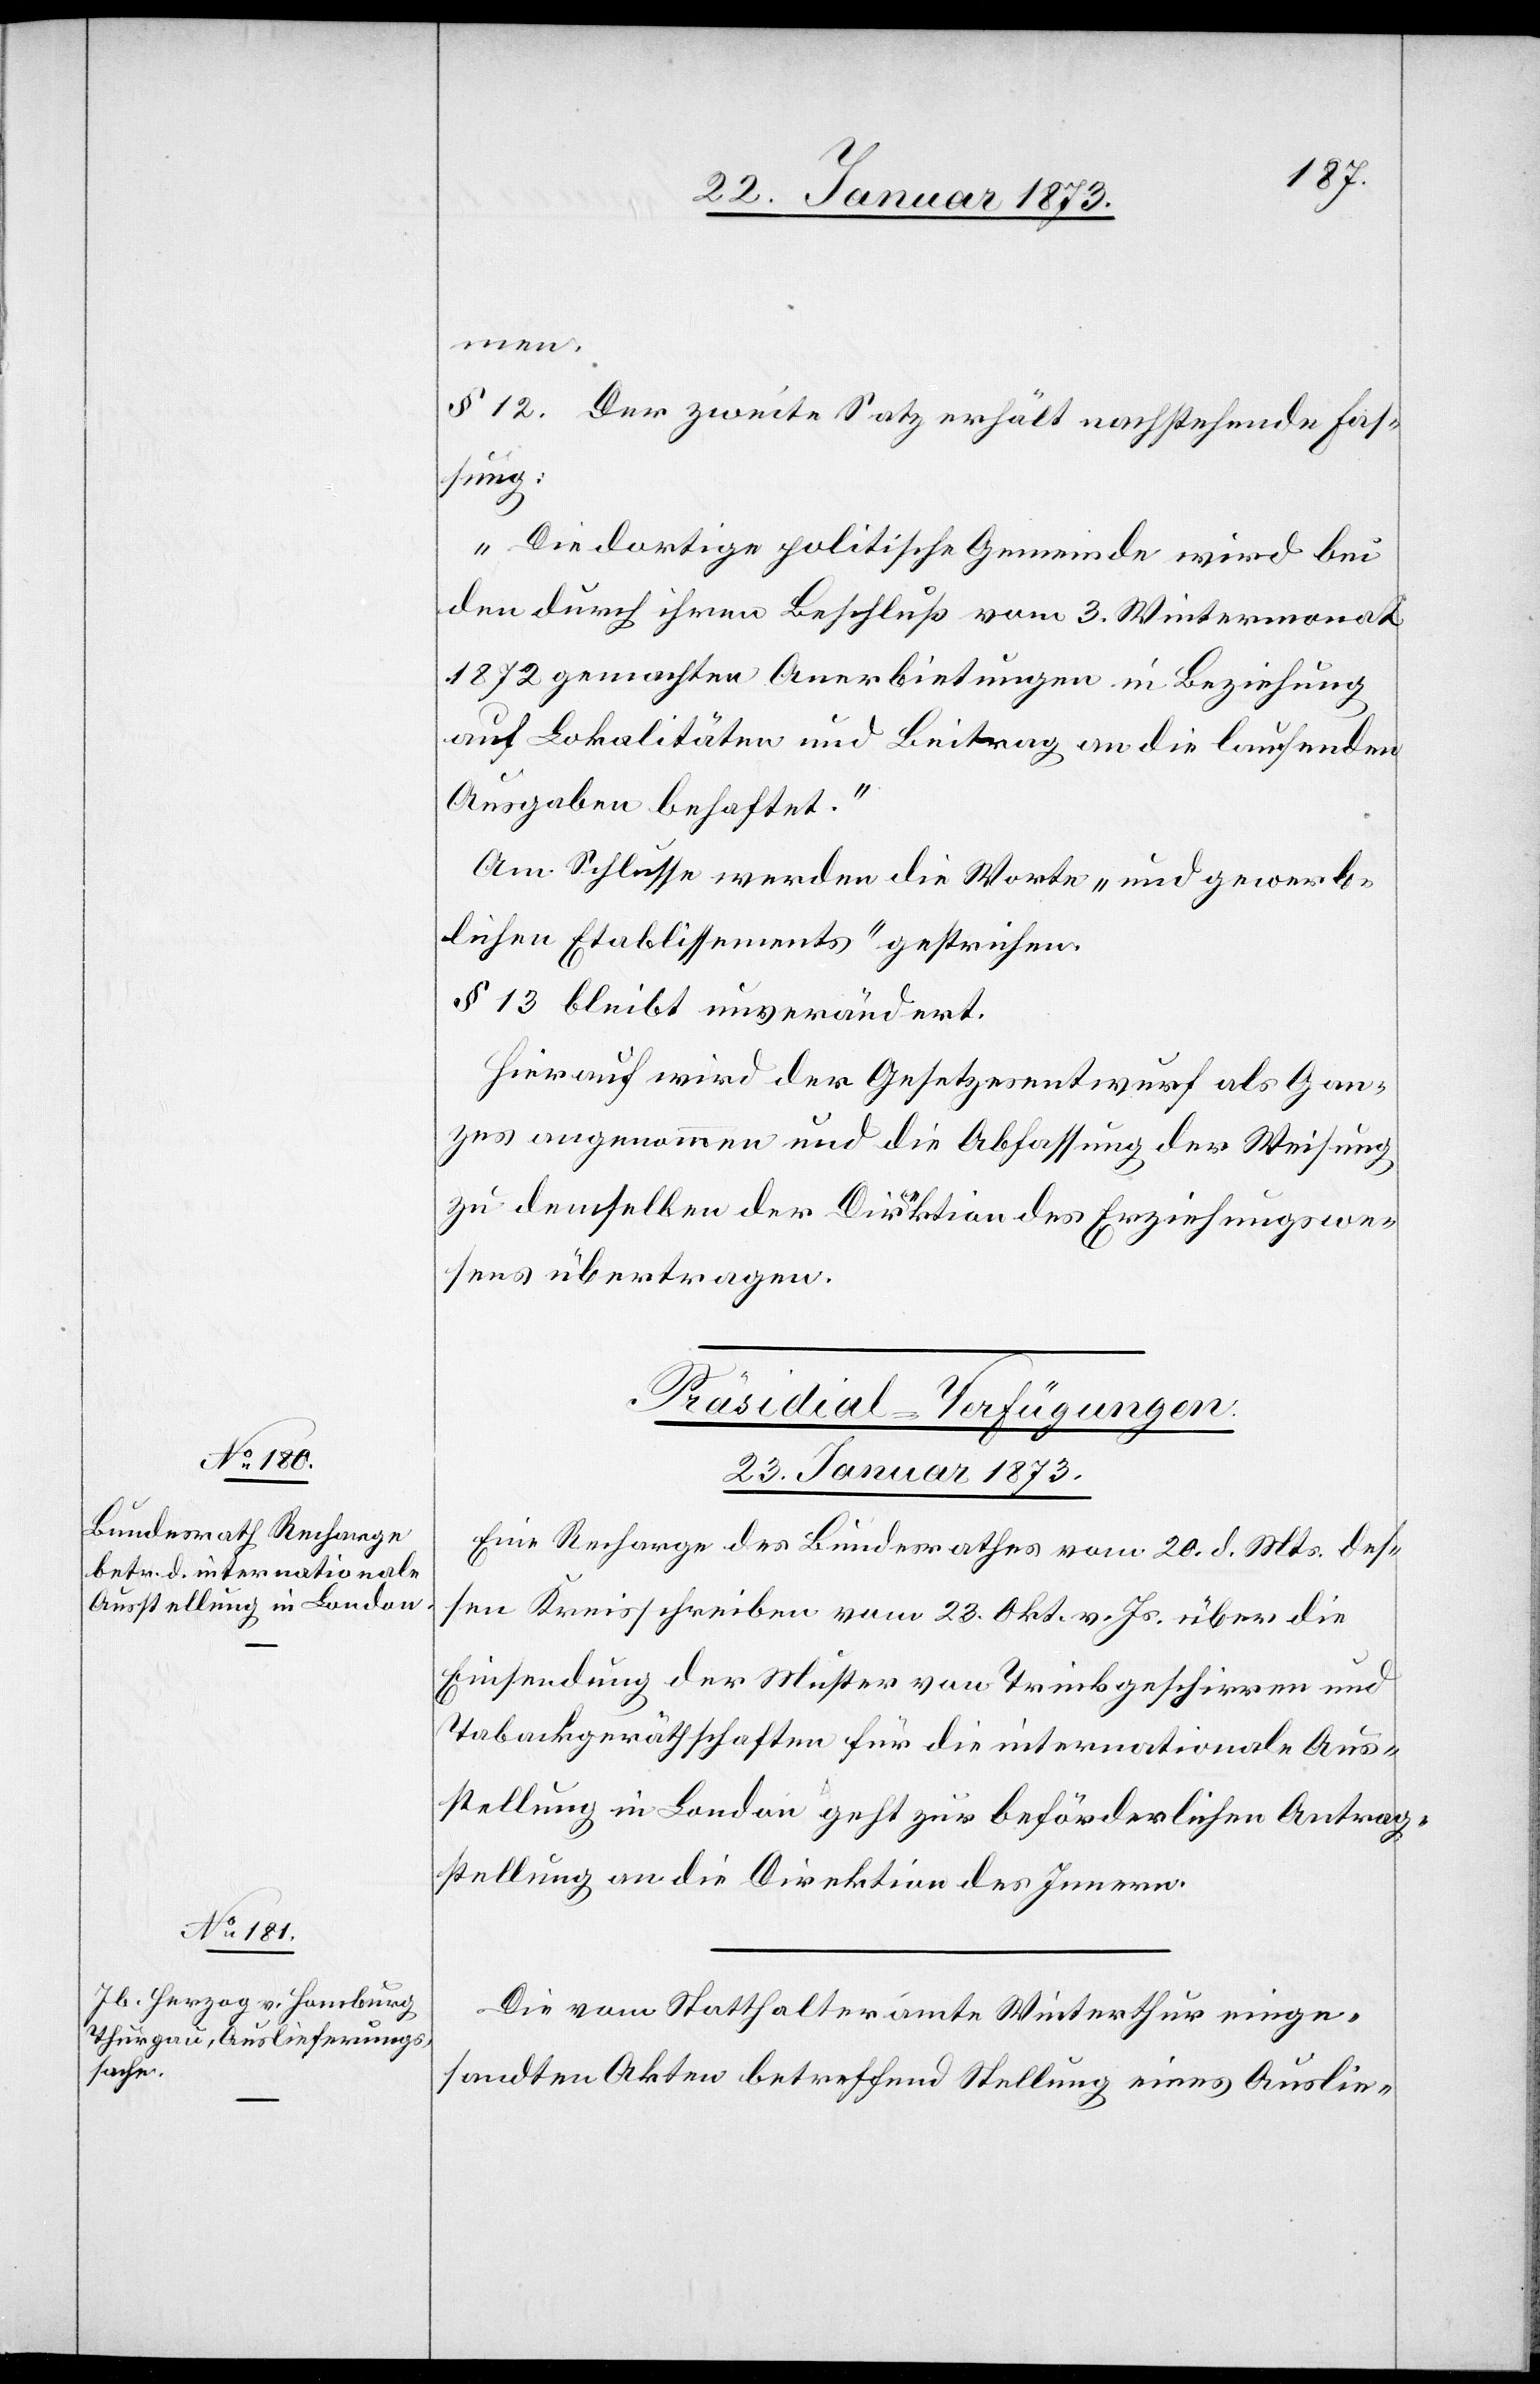
men.
§ 12. Der zweite Satz erhält nachstehende Fas¬
sung:
„Die dortige politische Gemeinde wird bei
den durch ihren Beschluß vom 3. Wintermonat
1872 gemachten Anerbietungen in Beziehung
auf Lokalitäten und Beitrag an die laufenden
Ausgaben behaftet.“
Am Schlusse werden die Worte „und gewerb¬
lichen Etablissements“ gestrichen.
§ 13 bleibt unverändert.
Hierauf wird der Gesetzesentwurf als Gan¬
zes angenommen und die Abfassung der Weisung
zu demselben der Direktion des Erziehungswe¬
sens übertragen.
[Präsidial-Verfügungen.
23. Januar 1873.]
Eine Recharge des Bundesrathes vom 20. d. Mts. des¬
sen Kreisschreiben vom 23. Okt. v. Js. über die
Einsendung der Muster von Treibgeschirren und
Tabackgeräthschaften für die internationale Aus¬
stellung in London geht zur beförderlichen Antrag¬
stellung an die Direktion des Innern.
Die vom Statthalteramte Winterthur einge¬
sandten Akten betreffend Stellung eines Auslie-